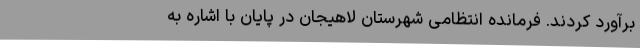
برآورد کردند. فرمانده انتظامی شهرستان لاهیجان در پایان با اشاره به